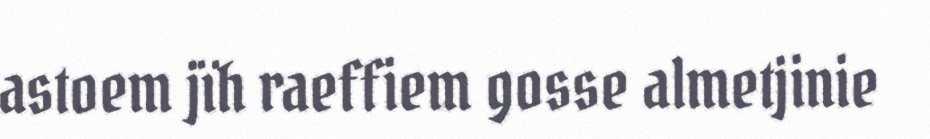
astoem jïh raeffiem gosse almetjinie